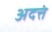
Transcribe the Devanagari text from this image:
अदत्तं